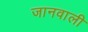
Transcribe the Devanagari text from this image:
जानवाली